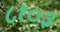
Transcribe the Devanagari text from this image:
८१०३